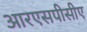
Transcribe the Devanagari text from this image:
आरएसपीसीए